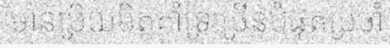
មានប្រិយមិត្តគាំទ្រច្រើនបំផុតប្រចាំ